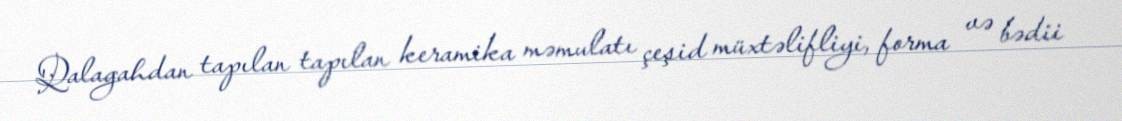
Qalagahdan tapılan tapılan keramika məmulatı çeşid müxtəlifliyi, forma və bədii